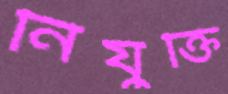
নিযুক্তি